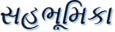
સહભૂમિકા